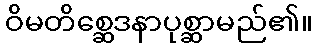
ဝိမတိစ္ဆေဒနာပုစ္ဆာမည်၏။